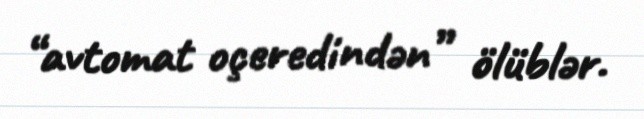
“avtomat oçeredindən” ölüblər.